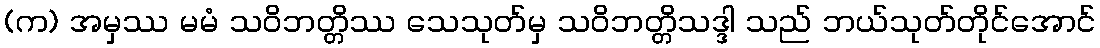
(က) အမှဿ မမံ သဝိဘတ္တိဿ သေသုတ်မှ သဝိဘတ္တိသဒ္ဒါ သည် ဘယ်သုတ်တိုင်အောင်